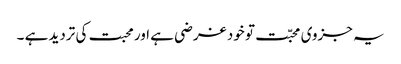
یہ جزوی محبّت تو خود غرضی ہے اور محبت کی تردید ہے ۔